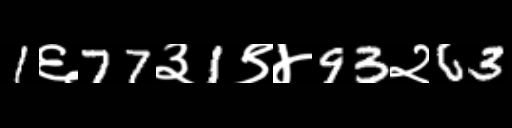
Text: 1६77३1९४93२63